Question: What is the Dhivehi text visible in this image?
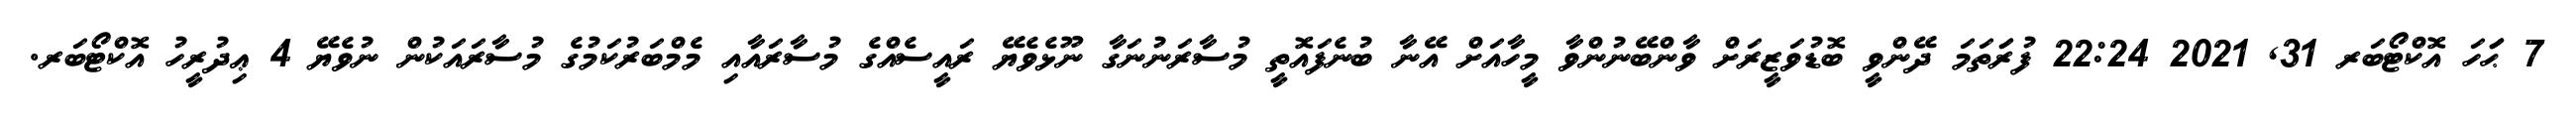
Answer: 7 ޙަަަހަ އޮކްޓޯބަރ 31, 2021 22:24 ފުރަަތަމަ ދޭންވީ ބޮޑުވަޒީރަށް ވާންބޭނުންވާ މީހާއަށް އޭނާ ބުނެފައޮތީ މުސާރަނުނަގާ ނޫޅެވެޔޭ ރައީސެއްގެ މުސާރައާއި މެމްބަރުކަމުގެ މުސާރައަކުން ނުވެޔޭ 4 ޢިދުރީހު އޮކްޓޯބަރ.